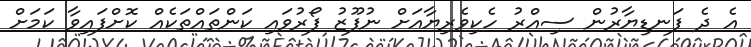
އެ ދެ ފަނޑިޔާރުން ސިއްރު ހެކިވެރިޔާއަށް ނުފޫޒު ފޯރުވައި ކަންތައްތަކެއް ކޮށްފައިވާ ކަމަށް